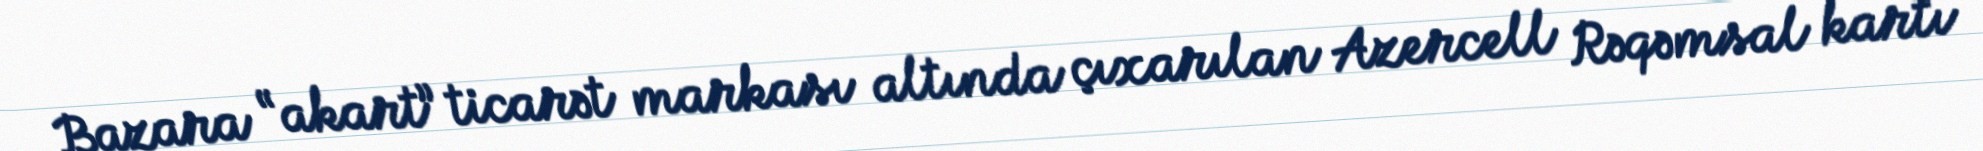
Bazara “akart” ticarət markası altında çıxarılan Azercell Rəqəmsal kartı